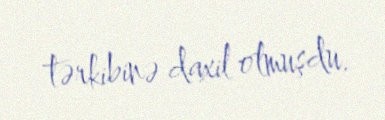
tərkibinə daxil olmuşdu.